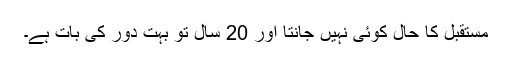
مستقبل کا حال کوئی نہیں جانتا اور 20 سال تو بہت دور کی بات ہے۔